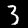
Digit: 3